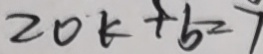
2 0 k + b = 7